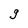
Character: g